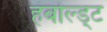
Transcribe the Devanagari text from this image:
हंबोल्ड्ट